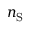
n _ { \mathrm { S } }